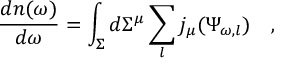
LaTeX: { \frac { d n ( \omega ) } { d \omega } } = \int _ { \Sigma } d \Sigma ^ { \mu } \sum _ { l } j _ { \mu } ( \Psi _ { \omega , l } ) ~ ~ ~ ,